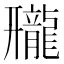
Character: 𱌿